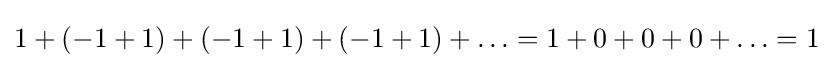
1+(-1+1)+(-1+1)+(-1+1)+\ldots =1+0+0+0+\ldots =1